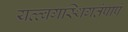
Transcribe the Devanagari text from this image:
यत्त्वगस्थिगतंपापं